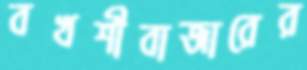
বখশীবাজারের